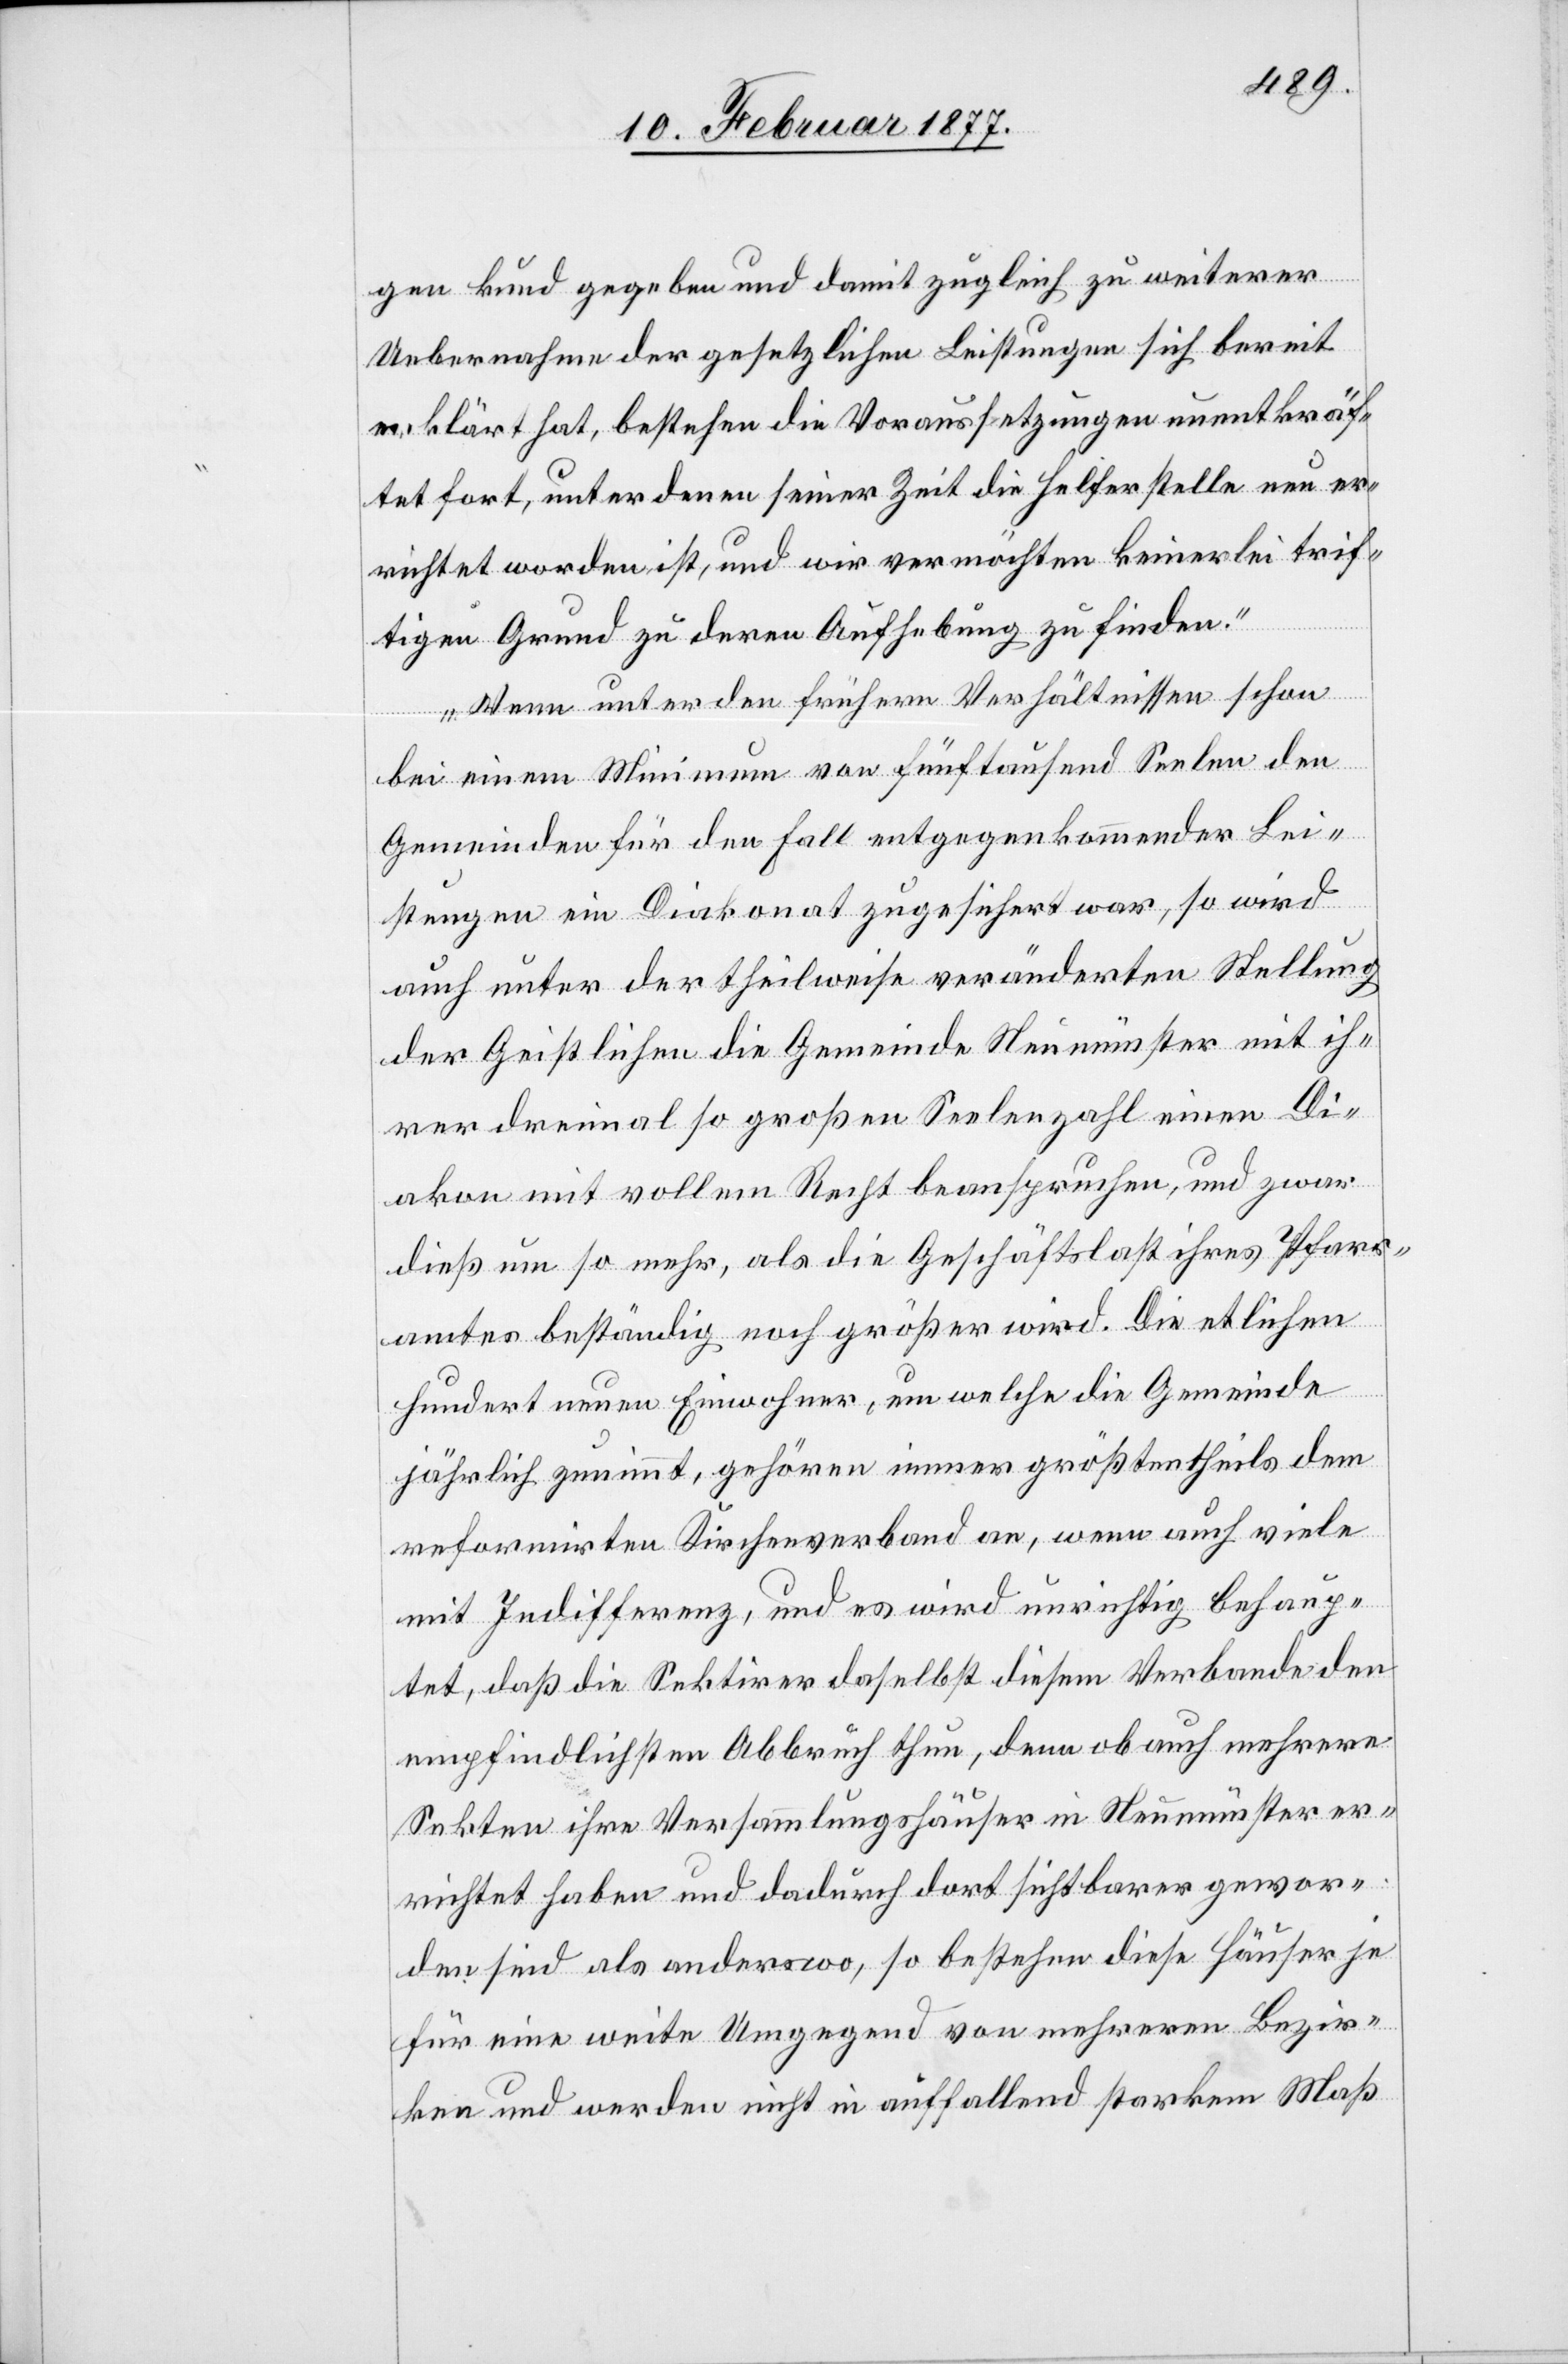
gen kund gegeben und damit zugleich zu weiterer
Uebernahme der gesetzlichen Leistungen sich bereit
erklärt hat, bestehen die Voraussetzungen unentkräf¬
tet fort, unter denen seiner Zeit die Helferstelle neu er¬
richtet worden ist, und wir vermöchten keinerlei trif¬
tigen Grund zu deren Aufhebung zu finden.
Wenn unter den frühern Verhältnissen schon
bei einem Minimum von fünftausend Seelen den
Gemeinden für den Fall entgegenkommender Lei¬
stungen ein Diakonat zugesichert war, so wird
auch unter der theilweise veränderten Stellung
der Geistlichen die Gemeinde Neumünster mit ih¬
rer dreimal so großen Seelenzahl einen Di¬
akon mit vollem Recht beanspruchen, und zwar
dieß um so mehr, als die Geschäftslast ihres Pfarr¬
amtes beständig noch größer wird. Die etlichen
hundert neuen Einwohner, um welche die Gemeinde
jährlich zunimmt, gehören immer größtentheils dem
reformirten Kirchenverband an, wenn auch viele
mit Indifferenz, und es wird unrichtig behaup¬
tet, daß die Sektirer daselbst diesem Verbande den
empfindlichen Abbruch thun, denn ob auch mehrere
Sekten ihre Versammlungshäuser in Neumünster er¬
richtet haben und dadurch dort sichtbarer gewor¬
den sind als anderswo, so bestehen diese Häuser je
für eine weite Umgegend von mehreren Bezir¬
ken und werden nicht in auffallend starkem Maß